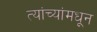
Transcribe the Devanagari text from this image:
त्यांच्यांमधून